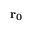
\mathbf { r _ { 0 } }